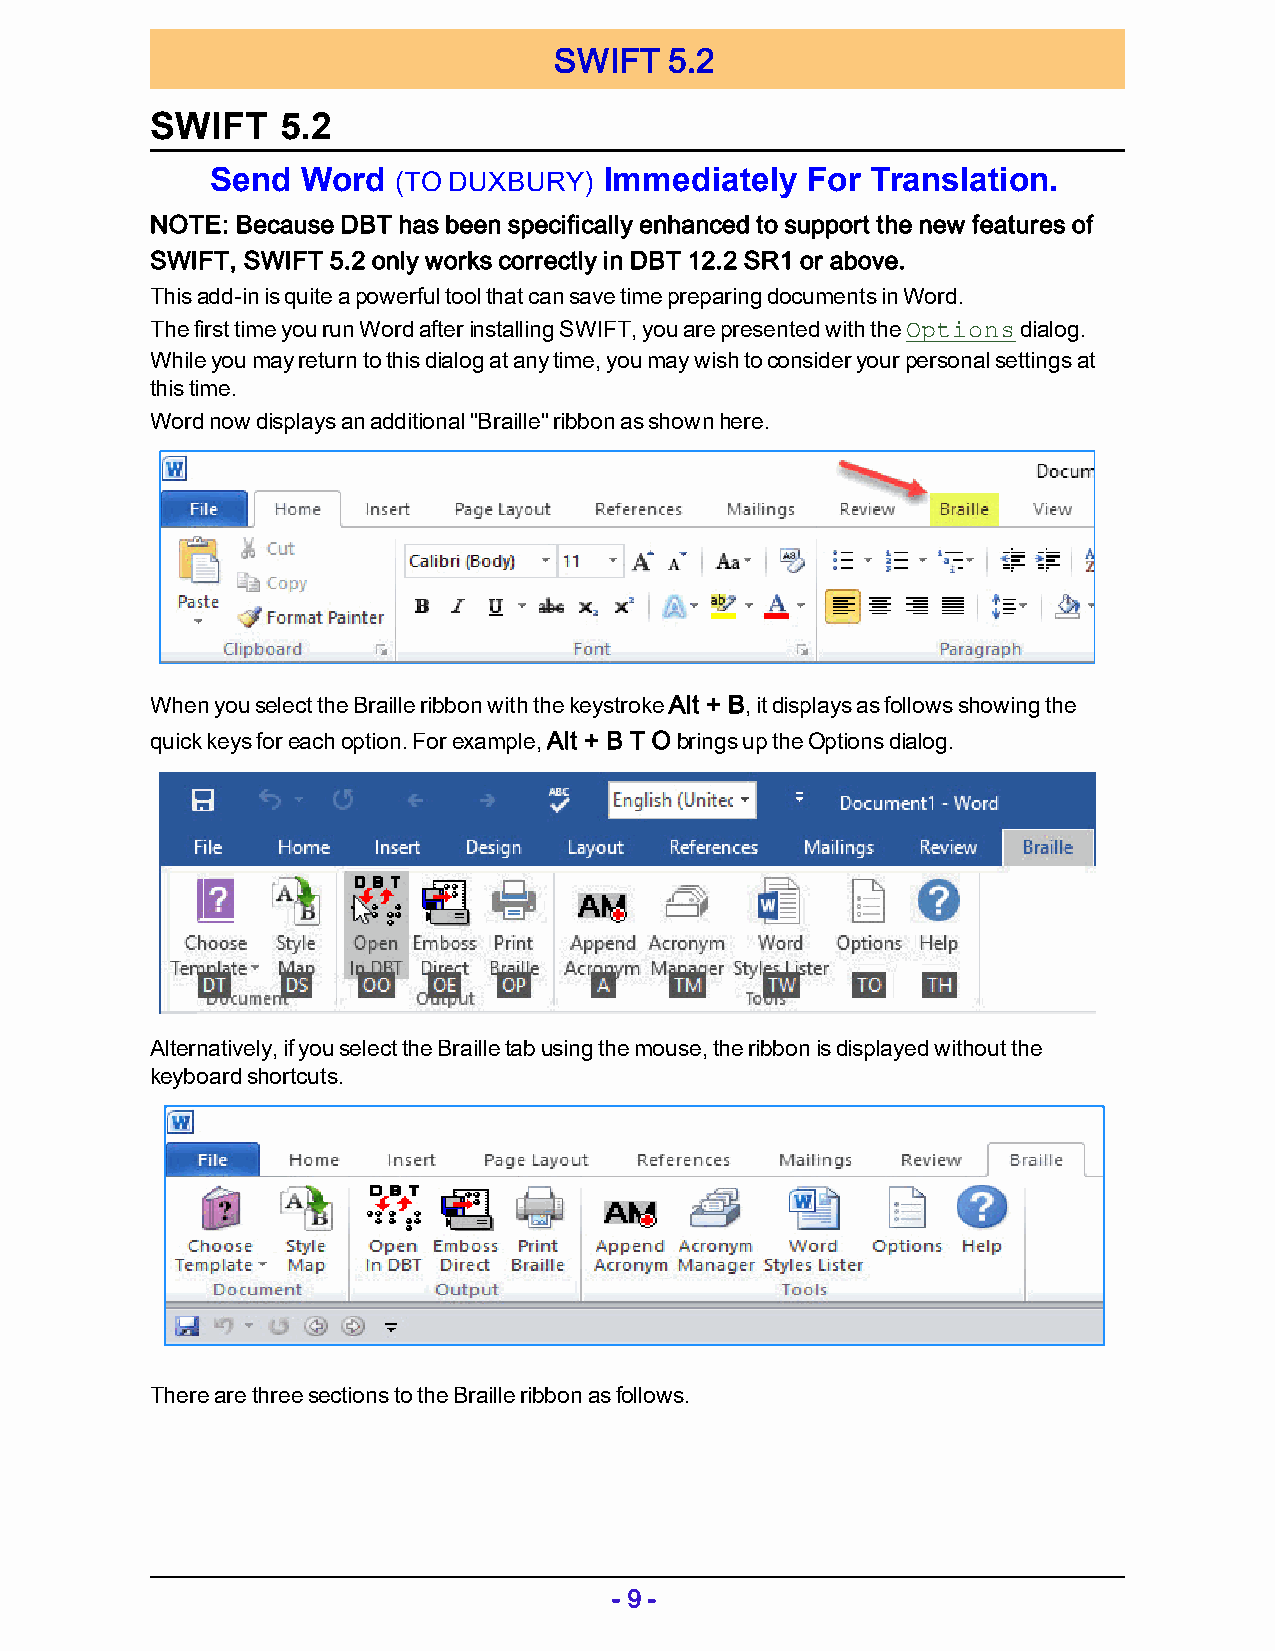
SWIFT  5.2
 SWIFT    5.2
 Send  Word  (TO DUXBURY)  Immediately  For  Translation.
 NOTE: Because DBT has been specifically enhanced to support the new features of
 SWIFT, SWIFT 5.2 only works correctly in DBT 12.2 SR1 or above.
 This add-in is quite a powerful tool that can save time preparing documents in Word.
 The first time you run Word after installing SWIFT, you are presented with the Options dialog.
 While you may return to this dialog at any time, you may wish to consider your personal settings at
 this time.
 Word now displays an additional "Braille" ribbon as shown here.
 When you select the Braille ribbon with the keystroke Alt + B, it displays as follows showing the
 quick keys for each option. For example, Alt + B T O brings up the Options dialog.
 Alternatively, if you select the Braille tab using the mouse, the ribbon is displayed without the
 keyboard shortcuts.
 There are three sections to the Braille ribbon as follows.
 - 9 -